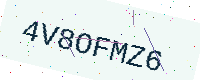
Text: 4V8OFMZ6